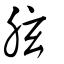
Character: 胘